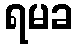
ရမခ